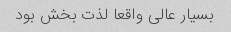
بسیار عالی واقعا لذت بخش بود